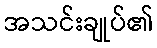
အသင်းချုပ်၏